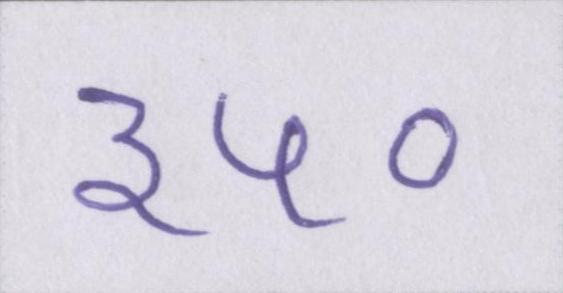
३५०